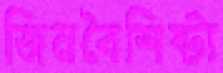
জিনবৈশিষ্ট্য